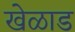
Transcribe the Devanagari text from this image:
खेळाड